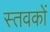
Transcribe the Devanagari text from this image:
स्तवकों